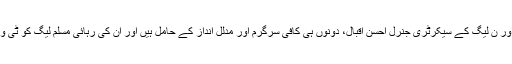
مرتضٰی سولنگی کا مزید کہنا تھا کہ سابق وزیر اعظم شاہد خاقان عباسی اور ن لیگ کے سیکرٹری جنرل احسن اقبال، دونوں ہی کافی سرگرم اور مدلل انداز کے حامل ہیں اور ان کی رہائی مسلم لیگ کو ٹی وی ٹاک شوز، پریس کانفرنسز اور پارلیمنٹ میں کافی مدد فراہم کرے گی۔